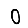
Digit: 0